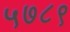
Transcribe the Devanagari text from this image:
५७८९